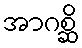
အာဂစ္ဆိ